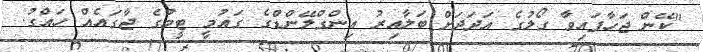
"ކޭން ޖަހާފައިވާ ގޯލުގެ އަދަދަށް ބަލާއިރު އިންގްލޭންޑްގެ ގައުމީ ޓީމުގެ ޖާގައެއް ހައްގު.